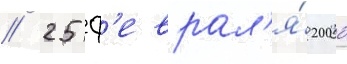
// 25 ф'еврал'я́ 2000